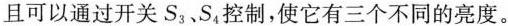
且可以通过开关S_{3}、S_{4}控制，使它有三个不同的亮度。